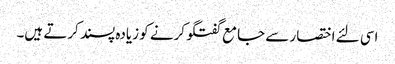
اسی لئے اختصار سے جامع گفتگو کرنے کو زیادہ پسند کرتے ہیں۔